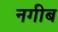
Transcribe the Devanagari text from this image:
नगीब